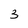
Character: 3